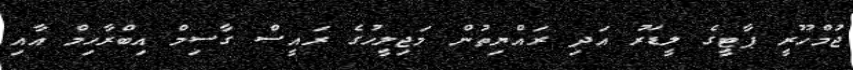
ޖުމްހޫރީ ޕާޓީގެ ލީޑަރު އަދި ރައްޔިތުން މަޖިލީހުގެ ރައީސް ގާސިމް އިބްރާހިމް އާއި